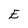
Character: E